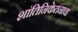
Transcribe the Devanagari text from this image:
शांतिनिकेतनाचा